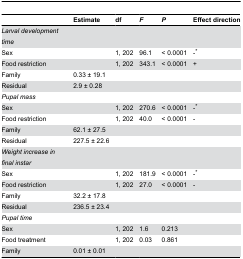
<table><thead><tr><td></td><td><b>Estimate</b></td><td><b>df</b></td><td><b><i>F</i></b></td><td><b><i>P</i></b></td><td><b>Effect direction</b></td></tr></thead><tbody><tr><td><i>Larval development time</i></td><td></td><td></td><td></td><td></td><td></td></tr><tr><td> Sex</td><td></td><td>1, 202</td><td> 96.1</td><td> &lt; 0.0001</td><td> -*</td></tr><tr><td> Food restriction</td><td></td><td>1, 202</td><td>343.1</td><td> &lt; 0.0001</td><td>+</td></tr><tr><td> Family</td><td>0.33 ± 19.1</td><td></td><td></td><td></td><td></td></tr><tr><td> Residual</td><td>2.9 ± 0.28</td><td></td><td></td><td></td><td></td></tr><tr><td><i>Pupal mass</i></td><td></td><td></td><td></td><td></td><td></td></tr><tr><td> Sex</td><td></td><td>1, 202</td><td>270.6</td><td> &lt; 0.0001</td><td> -*</td></tr><tr><td> Food restriction</td><td></td><td>1, 202</td><td>40.0</td><td> &lt; 0.0001</td><td>-</td></tr><tr><td> Family</td><td>62.1 ± 27.5</td><td></td><td></td><td></td><td></td></tr><tr><td> Residual</td><td>227.5 ± 22.6</td><td></td><td></td><td></td><td></td></tr><tr><td><i>Weight increase in final instar</i></td><td></td><td></td><td></td><td></td><td></td></tr><tr><td> Sex</td><td></td><td>1, 202</td><td>181.9</td><td> &lt; 0.0001</td><td> -*</td></tr><tr><td> Food restriction</td><td></td><td>1, 202</td><td>27.0</td><td> &lt; 0.0001</td><td>-</td></tr><tr><td> Family</td><td>32.2 ± 17.8</td><td></td><td></td><td></td><td></td></tr><tr><td> Residual</td><td>236.5 ± 23.4</td><td></td><td></td><td></td><td></td></tr><tr><td><i>Pupal time</i></td><td></td><td></td><td></td><td></td><td></td></tr><tr><td> Sex</td><td></td><td>1, 202</td><td>1.6</td><td>0.213</td><td></td></tr><tr><td> Food treatment</td><td></td><td>1, 202</td><td>0.03</td><td>0.861</td><td></td></tr><tr><td> Family</td><td>0.01 ± 0.01</td><td></td><td></td><td></td><td></td></tr></tbody></table>